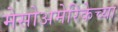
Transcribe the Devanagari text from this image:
मेसोअमेरिकेच्या